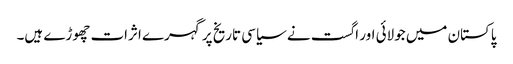
پاکستان میں جولائی اور اگست نے سیاسی تاریخ پر گہرے اثرات چھوڑے ہیں۔